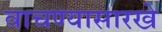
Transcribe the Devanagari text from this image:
वाचण्यासारखे